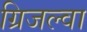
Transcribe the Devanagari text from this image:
ग्रिजल्वा